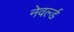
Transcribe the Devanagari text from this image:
नेवर्ल्ड